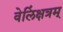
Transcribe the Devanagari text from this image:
वेलिंक्षत्रम्